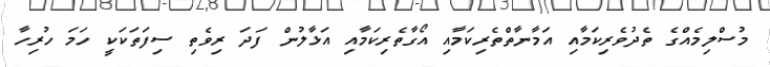
މުސްލިމެއްގެ ތެދުވެރިކަމާއި އަމާނާތްތެރިކަމާއި އޯގާތެރިކަމާއި އަޅާލުން ފަދަ ރިވެތި ސިފަތަކަކީ ހަމަ ހުރިހާ